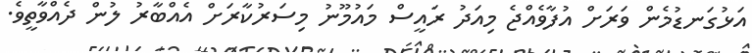
އަޅުގަނޑުމެން ވަރަށް އުފާވެއްޖެ މިއަދު ރައީސް މައުމޫނު މިސަރުކާރަށް އެއްބާރު ލުން ދެއްވާތީވެ.